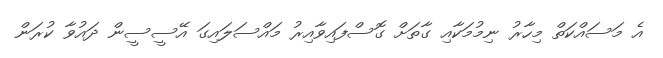
އެ މަސައްކަތް މިހާރު ނިމުމަކާއި ގާތަށް ގޮސްފައިވާއިރު މައްސަލައިގަ އޭސީސީން ދައުވާ ކުރަން